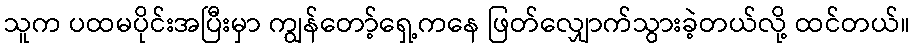
သူက ပထမပိုင်းအပြီးမှာ ကျွန်တော့်ရှေ့ကနေ ဖြတ်လျှောက်သွားခဲ့တယ်လို့ ထင်တယ်။